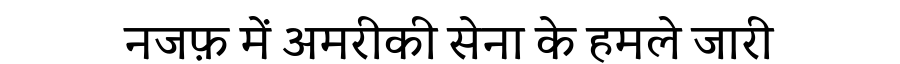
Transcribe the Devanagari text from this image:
नजफ़ में अमरीकी सेना के हमले जारी